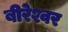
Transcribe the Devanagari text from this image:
बीरेश्वर